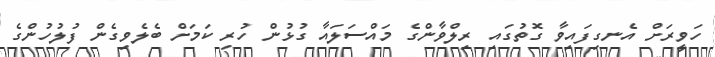
ހަވީރަށް އެނގިފައިވާ ގޮތުގައި ރިލްވާންގެ މައްސަލައާ ގުޅުން ހުރި ކަމަށް ބެލެވިގެން ފުލުހުންގެ